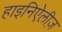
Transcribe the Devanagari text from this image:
हाइनिऐलीज़